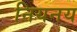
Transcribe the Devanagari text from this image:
नियनय